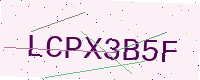
Text: LCPX3B5F